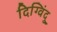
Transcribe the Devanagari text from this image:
दिग्विंदु